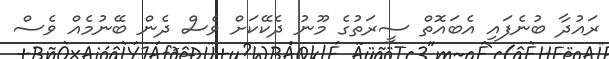
ރައުދާ ބުނެފައި އެބައޮތް ސީރަތުގެ މޫނު ދެކޭކަށް ވެސް ދެން ބޭނުމެއް ވެސް